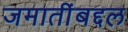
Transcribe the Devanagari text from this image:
जमातींबद्दल